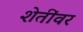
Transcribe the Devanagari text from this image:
शेतींवर